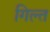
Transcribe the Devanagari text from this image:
गिल्त